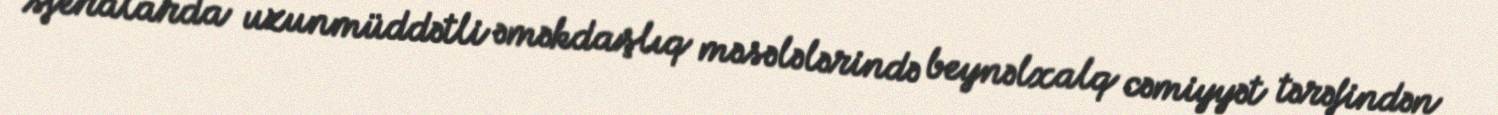
sferalarda uzunmüddətli əməkdaşlıq məsələlərində beynəlxalq cəmiyyət tərəfindən